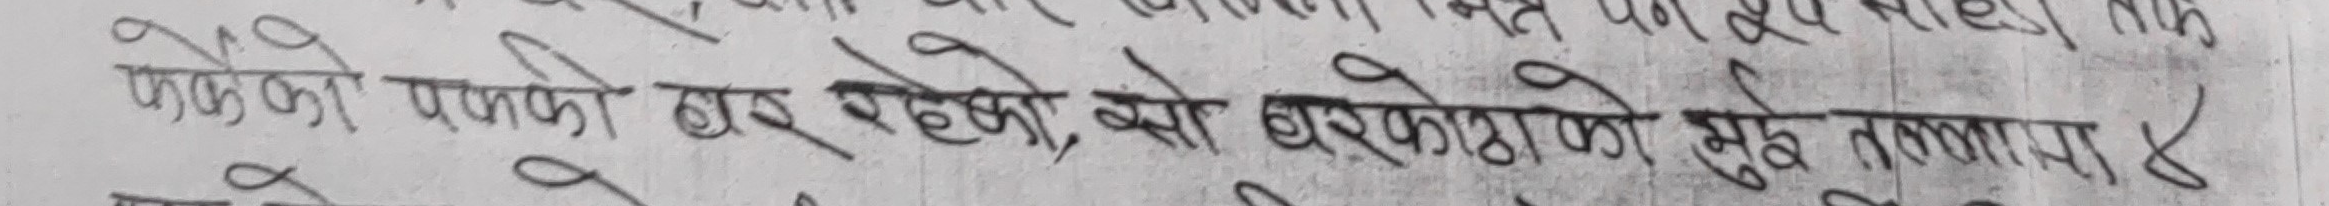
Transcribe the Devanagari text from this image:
फर्केको पछाडी झर रहेको, झर्केकोको मुख तालावा ૪